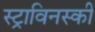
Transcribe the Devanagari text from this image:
स्ट्राविनस्की